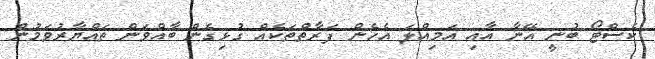
ކެސްޓޯ ބުނީ އޭނާ އާއި އަމިއްލަ އެހެން ފަރާތްތަކެއް ގުޅިގެން ބާއްވަން ތައްޔާރުވަމުން